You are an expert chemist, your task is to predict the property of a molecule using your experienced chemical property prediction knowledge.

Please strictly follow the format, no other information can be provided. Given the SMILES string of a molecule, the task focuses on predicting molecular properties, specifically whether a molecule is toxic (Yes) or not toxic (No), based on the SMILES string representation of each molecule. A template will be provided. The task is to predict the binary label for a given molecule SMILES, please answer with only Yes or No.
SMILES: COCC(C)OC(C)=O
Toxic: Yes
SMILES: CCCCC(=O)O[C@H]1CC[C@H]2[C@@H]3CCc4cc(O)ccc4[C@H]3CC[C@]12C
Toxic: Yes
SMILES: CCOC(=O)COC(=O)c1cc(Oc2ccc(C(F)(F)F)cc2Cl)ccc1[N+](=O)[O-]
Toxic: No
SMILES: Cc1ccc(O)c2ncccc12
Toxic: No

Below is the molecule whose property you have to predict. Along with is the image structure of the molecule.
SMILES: Cc1[nH]nc2c1N=C(c1ccccc1Cl)c1cc([N+](=O)[O-])ccc1N2
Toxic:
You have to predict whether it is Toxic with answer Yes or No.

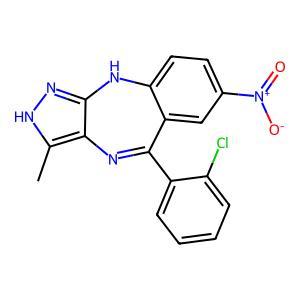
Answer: No